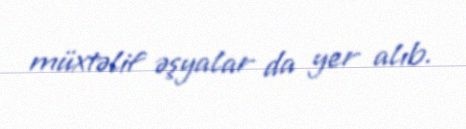
müxtəlif əşyalar da yer alıb.